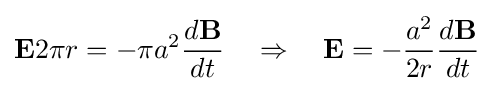
\mathbf {E} 2\pi r=-\pi a^{2}{\frac {d\mathbf {B} }{dt}}\quad \Rightarrow \quad \mathbf {E} =-{\frac {a^{2}}{2r}}{\frac {d\mathbf {B} }{dt}}